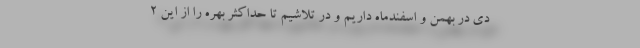
دی در بهمن و اسفندماه داریم و در تلاشیم تا حداکثر بهره را از این ۲